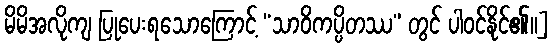
မိမိအလိုကျ ပြုပေးရသောကြောင့် “သာဝိကပ္ပိတဿ” တွင် ပါဝင်နိုင်၏။]